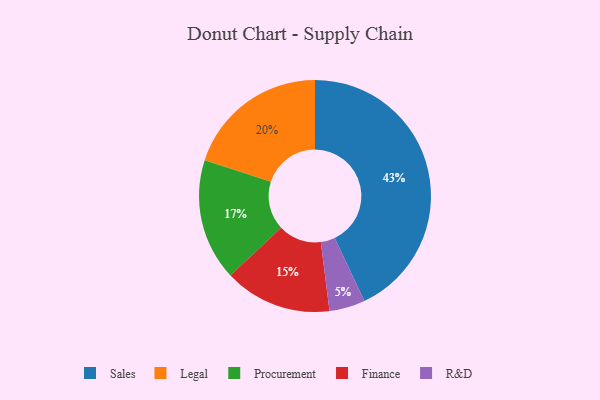
{"axis": {"x": "Category", "y": "Percentage"}, "legend": ["Finance", "Legal", "Procurement", "R&D", "Sales"], "data": [{"x": "Finance", "y": 15, "type": "Finance"}, {"x": "Sales", "y": 43, "type": "Sales"}, {"x": "Procurement", "y": 17, "type": "Procurement"}, {"x": "Legal", "y": 20, "type": "Legal"}, {"x": "R&D", "y": 5, "type": "R&D"}]}